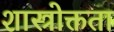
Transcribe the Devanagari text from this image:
शास्त्रोक्तता